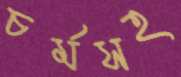
চর্মসহ